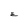
Character: E